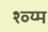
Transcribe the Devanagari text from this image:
श्व्य्म